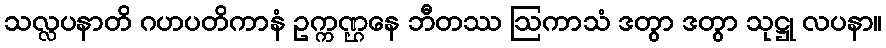
သလ္လပနာတိ ဂဟပတိကာနံ ဥက္ကဏ္ဌနေ ဘီတဿ ဩကာသံ ဒတွာ ဒတွာ သုဋ္ဌု လပနာ။